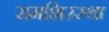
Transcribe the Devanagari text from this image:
समशिरस्था